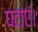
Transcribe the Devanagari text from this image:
घटाएं।